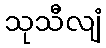
သုသီလျံ